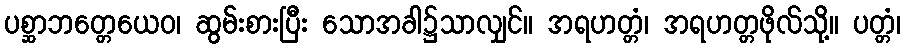
ပစ္ဆာဘတ္တေယေဝ၊ ဆွမ်းစားပြီး သောအခါ၌သာလျှင်။ အရဟတ္တံ၊ အရဟတ္တဖိုလ်သို့။ ပတ္တံ၊